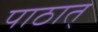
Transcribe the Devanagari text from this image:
पाठात्‌